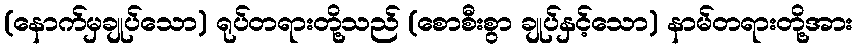
(နောက်မှချုပ်သော) ရုပ်တရားတို့သည် (စောစီးစွာ ချုပ်နှင့်သော) နာမ်တရားတို့အား